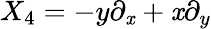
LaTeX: X_{4}=-y\partial_{\mathit{x}}+\mathit{x}\partial_{y}